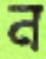
ন